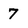
Character: 7